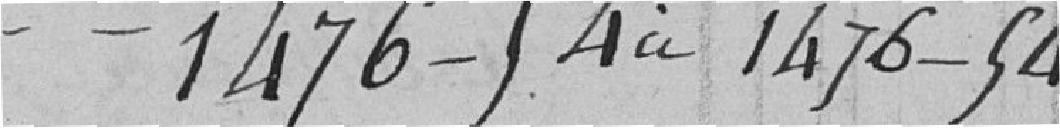
-1476-54 à 1476-54